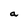
Character: a